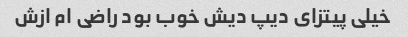
خیلی پیتزای دیپ دیش خوب بود راضی ام ازش